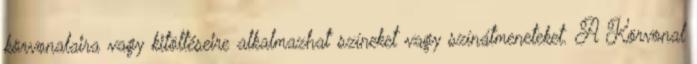
körvonalaira vagy kitöltéseire alkalmazhat színeket vagy színátmeneteket. A Körvonal